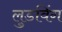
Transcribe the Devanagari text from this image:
लुडविंग